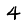
Digit: 4